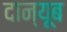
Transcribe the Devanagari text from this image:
दान्यूब